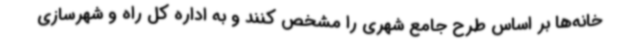
خانه‌ها بر اساس طرح جامع شهری را مشخص کنند و به اداره کل راه و شهرسازی